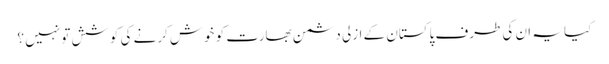
کیا یہ ان کی طرف پاکستان کے ازلی دشمن بھارت کو خوش کرنے کی کوشش تو نہیں ؟